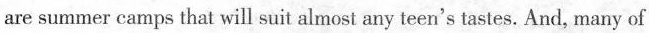
are summer camps that will suit almost any teen's tastes. And, many of